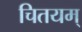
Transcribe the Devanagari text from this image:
चितयम्